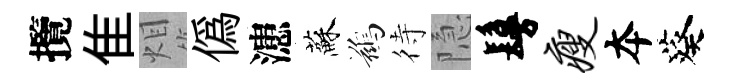
攬隹𤇆偽漶蘇鷀待隐鬘瘦夲葵